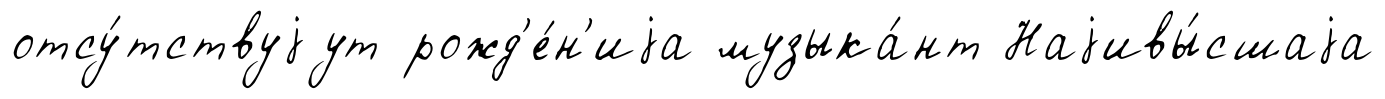
отсу́тствуjут рожд'е́н'иjа музыка́нт Наjивы́сшаjа